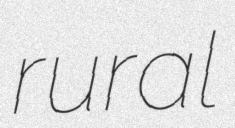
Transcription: rural